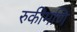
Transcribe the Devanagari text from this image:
रुकीमणि